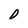
Character: O